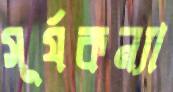
সূর্যকন্যা